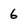
Character: 6